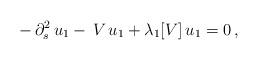
LaTeX: \begin{align*}-\,\partial^2_s\,u_1-\,V\,u_1+\lambda_1[V]\,u_1=0\,,\end{align*}